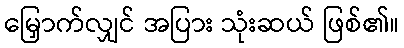
မြှောက်လျှင် အပြား သုံးဆယ် ဖြစ်၏။